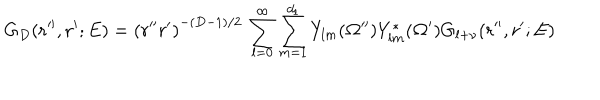
LaTeX: G _ { D } ( { \bf r ^ { \prime \prime } } , { \bf r ^ { \prime } } ; E ) = \left( r ^ { \prime \prime } r ^ { \prime } \right) ^ { - ( D - 1 ) / 2 } \, \sum _ { l = 0 } ^ { \infty } \sum _ { m = 1 } ^ { d _ { l } } Y _ { l m } ( { \bf \Omega ^ { \prime \prime } } ) Y _ { l m } ^ { * } ( { \bf \Omega ^ { \prime } } ) G _ { l + \nu } ( r ^ { \prime \prime } , r ^ { \prime } ; E ) \;